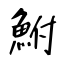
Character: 鮒